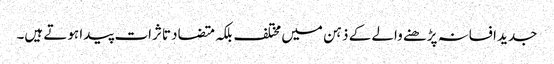
جدید افسانہ پڑھنے والے کے ذہن میں مختلف بلکہ متضاد تاثرات پیدا ہوتے ہیں۔